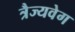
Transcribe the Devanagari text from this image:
त्रैज्यवेग